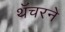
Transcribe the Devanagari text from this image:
थॅचरने